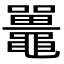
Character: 鼉